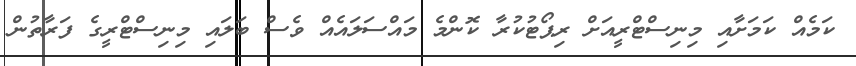
ކަމެއް ކަމަށާއި މިނިސްޓްރީއަށް ރިޕޯޓުކުރާ ކޮންމެ މައްސަލައެއް ވެސް ބަލައި މިނިސްޓްރީގެ ފަރާތުން